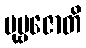
ပုဗ္ဗဇောတိ